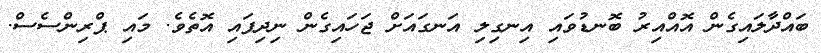
ބައްދާލައިގެން އޮއްއިރު ބޮނޑުވައި އިނގިލި އަނގައަށް ޖަހައިގެން ނިދިފައި އޮތެވެ. މައި ޕްރިންސެސް.